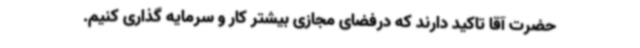
حضرت آقا تاکید دارند که درفضای مجازی بیشتر کار و سرمایه گذاری کنیم.